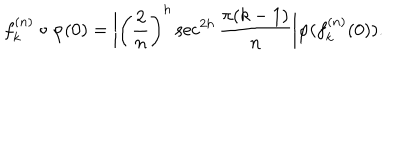
LaTeX: f _ { k } ^ { ( n ) } \circ \varphi ( 0 ) = \bigg | \left( \frac { 2 } { n } \right) ^ { h } \sec ^ { 2 h } \frac { \pi ( k - 1 ) } { n } \bigg | \varphi ( f _ { k } ^ { ( n ) } ( 0 ) ) .